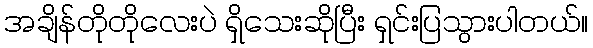
အချိန်တိုတိုလေးပဲ ရှိသေးဆိုပြီး ရှင်းပြသွားပါတယ်။